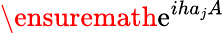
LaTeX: \ensuremath{\mathrm{e}}^{iha_{j}A}